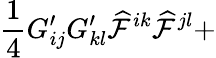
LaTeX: \frac{1}{4}G_{ij}^{\prime}G_{kl}^{\prime}{\cal\widehat{F}}^{ik}{\cal\widehat{F}}^{jl}+